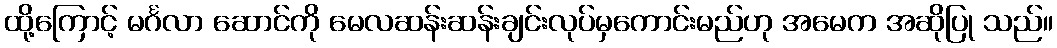
ထို့ကြောင့် မင်္ဂလာ ဆောင်ကို မေလဆန်းဆန်းချင်းလုပ်မှကောင်းမည်ဟု အမေက အဆိုပြု သည်။